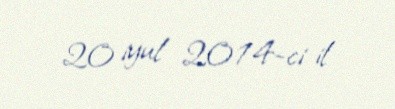
20 iyul 2014-ci il